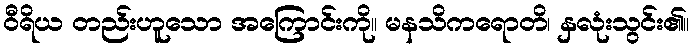
ဝီရိယ တည်းဟူသော အကြောင်းကို။ မနသိကရောတိ၊ နှလုံးသွင်း၏။